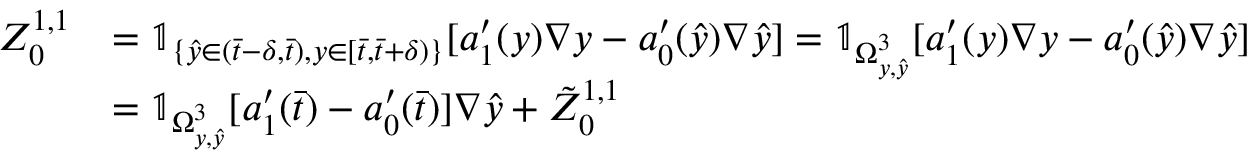
\begin{array} { r l } { Z _ { 0 } ^ { 1 , 1 } } & { = \mathbb { 1 } _ { \{ \hat { y } \in ( \bar { t } - \delta , \bar { t } ) , y \in [ \bar { t } , \bar { t } + \delta ) \} } [ a _ { 1 } ^ { \prime } ( y ) \nabla y - a _ { 0 } ^ { \prime } ( \hat { y } ) \nabla \hat { y } ] = \mathbb { 1 } _ { \Omega _ { y , \hat { y } } ^ { 3 } } [ a _ { 1 } ^ { \prime } ( y ) \nabla y - a _ { 0 } ^ { \prime } ( \hat { y } ) \nabla \hat { y } ] } \\ & { = \mathbb { 1 } _ { \Omega _ { y , \hat { y } } ^ { 3 } } [ a _ { 1 } ^ { \prime } ( \bar { t } ) - a _ { 0 } ^ { \prime } ( \bar { t } ) ] \nabla \hat { y } + \tilde { Z } _ { 0 } ^ { 1 , 1 } } \end{array}